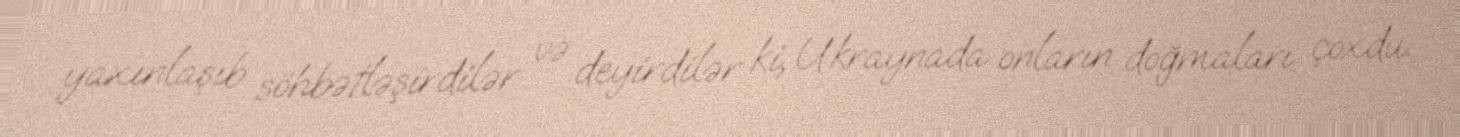
yaxınlaşıb söhbətləşirdilər və deyirdilər ki, Ukraynada onların doğmaları çoxdu.